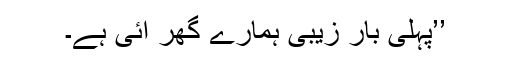
’’پہلی بار زیبی ہمارے گھر آئی ہے۔